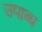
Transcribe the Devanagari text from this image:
उपाब्ध